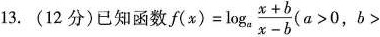
13.（12分）已知函数$$f ( x ) = \log _ { a } \frac { x + b } { x - b }$$($$a > 0$$,$$b >$$